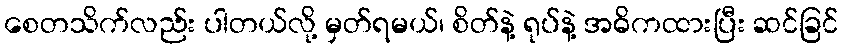
စေတသိက်လည်း ပါတယ်လို့ မှတ်ရမယ်၊ စိတ်နဲ့ ရုပ်နဲ့ အဓိကထားပြီး ဆင်ခြင်